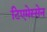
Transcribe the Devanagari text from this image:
टिएमेस्सेन